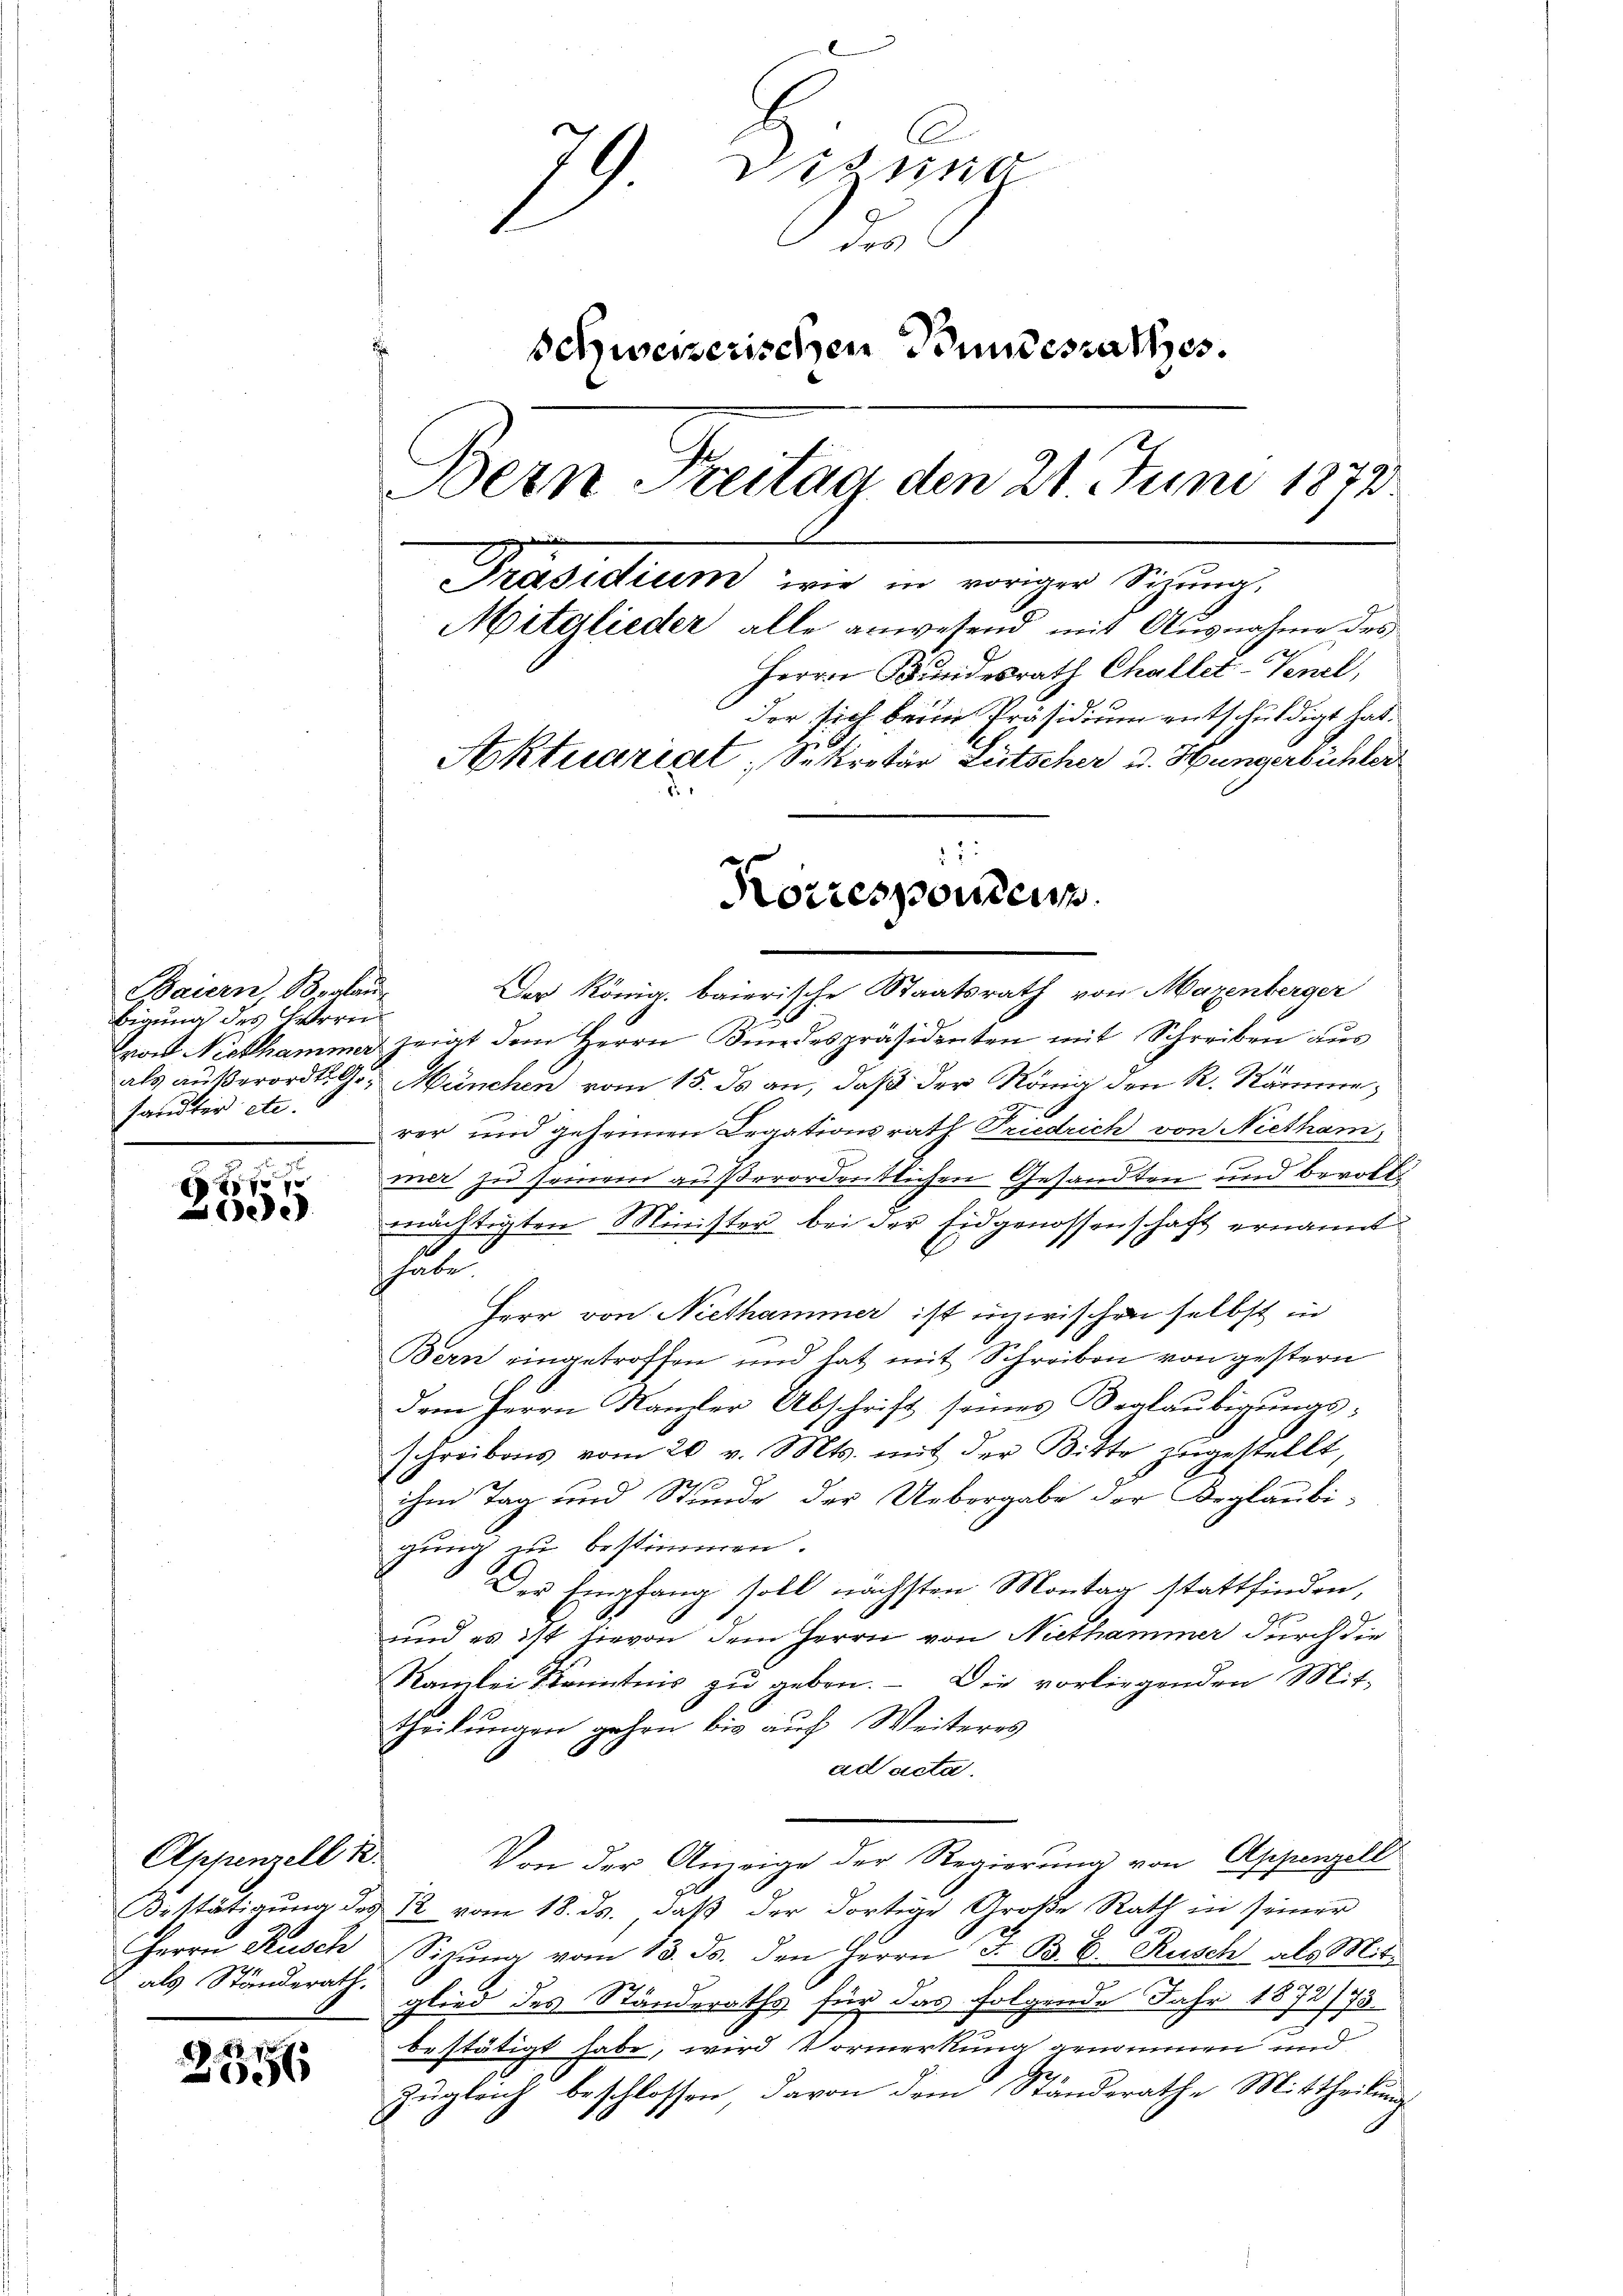
Baiern, Borlau
bigung des Herrn
fandter etc.

8 80 00
ede

Appenzell u.

22.
86

79 Dizina
d
Schweizerischen Bundesrathes.
Bern Treitag den 21. Juni 1873.
Präsidium wie in voriger Sichung.
Mitglieder alle anwesend mit Ausnahme des
Herrn Bundesrath Challet-Venel,
dor sich beim Präsidium entschuldigt hat.
Aktuariat; Sekretär Lütscher u. Hungerbüchler
d
2

Korrespondern.

Der König. baierische Staatsrath von Mazenberger
ron Nicthammer zeigt dem Herrn Kindespräsidenten mit Schreiben aus
als außerord. G. München vom 15. ds an, daß der König den R. Ramme
rer und geheimen Legationsrath Friedrich von Niethan,
mer zu seinem außerordentlichen Gesandten und berott
mächtigten Minister bei der Eidgenossenschaft ernannt
habe.
Herr von Niethammer ist inzwischen selbst in
Bern eingetroffen und hat mit Schreiben von gestern
dem Herrn Kanzler Abschrift seines Beglaubigungsschreibens vom 20. v. Mts. mit der Bitte zugestellt,
ihm Tag und Stunde der Uebergabe der Begläubigung zu bestimmen.
Der Empfang soll nächsten Montag stattfinden,
und es ist hievon dem Herrn von Niethammer durch die
Ramlei Kenntnis zu geben. Die vorliegenden Mit-
theilungen gehen bis auf Weiteres
ad acta.
Von der Anzeige der Regierŭng von Appenzell
Bestätigŭng des 12 vom 18. ds. daβ der dortige Große Rath in seiner
Herrn Rusch Sizŭng vom 13. ds. den Herrn F. B. b. Rusch als Mitt
als Ständerath glied des Standeraths für das folgende Jahr 1872/73
bestätigt habe, wird Vormerkung genommen und
zugleich beschlossen, davon dem Standerathe Mittheilung